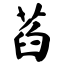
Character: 萏